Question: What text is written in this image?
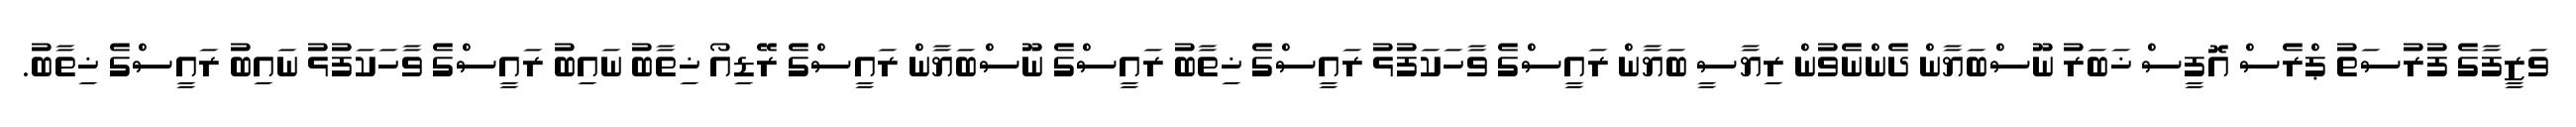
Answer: ވަޒީފާގެ ފުރުސަތު ޕްރެސް އޮފީސް ޚަބަރު ނޫސްބަޔާން ދެންނެވުން ރިޔާސީ ބަޔާން ރައީސްގެ ވާހަކަފުޅު ރައީސްގެ ޚިތާބު ރައީސްގެ ނޫސްބަޔާން ރައީސްގެ ރޭޑިއޯ ޚިތާބު ނައިބު ރައީސްގެ ވާހަކަފުޅު ނައިބު ރައީސްގެ ޚިތާބު.